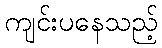
ကျင်းပနေသည့်